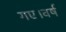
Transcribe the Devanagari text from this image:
गए।वर्ष